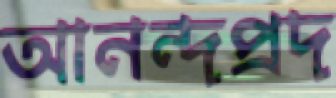
আনন্দপ্রদ